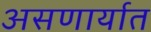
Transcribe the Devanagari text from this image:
असणार्यात